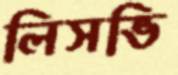
লিসভি